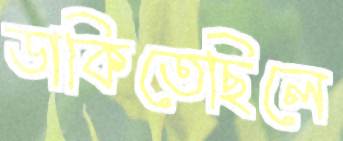
ডাকিতেছিলে